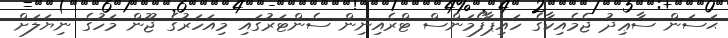
ޙަސަން ސާޢިދު ޖެމެއިކާގެ ހައިޕާފޯމަންސް ޓްރެއިނިން ސެންޓަރުގައި މިއަހަރުގެ ޖޫން މަހުގެ ނިޔަލަށް